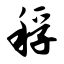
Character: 稃